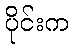
ပိုင်းက